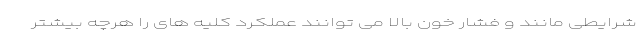
شرایطی مانند و فشار خون بالا می توانند عملکرد کلیه های را هرچه بیشتر